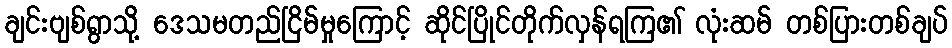
ချင်းဗျစ်ရွာသို့ ဒေသမတည်ငြိမ်မှုကြောင့် ဆိုင်ပြိုင်တိုက်လှန်ရကြ၏ လုံးဆမ် တစ်ပြားတစ်ချပ်